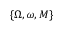
\{ \Omega , \omega , M \}